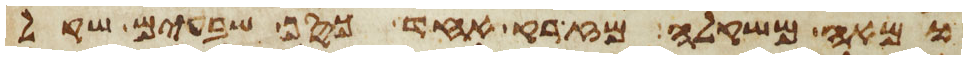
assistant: ומאה משקלה מזרק אחד כסף שבעים שקל